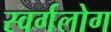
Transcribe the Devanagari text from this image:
स्वर्गलोग